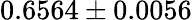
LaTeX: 0.6564\pm 0.0056